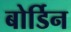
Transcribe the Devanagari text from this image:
बोर्डिन